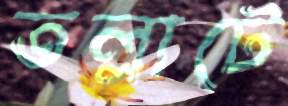
তল্লাটে